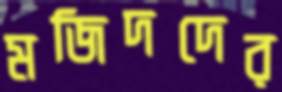
মজিদদের